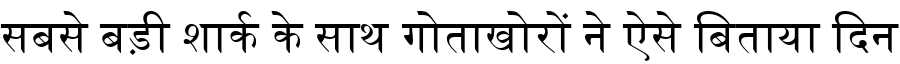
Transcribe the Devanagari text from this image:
सबसे बड़ी शार्क के साथ गोताखोरों ने ऐसे बिताया दिन